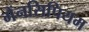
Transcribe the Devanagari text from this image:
मैंनसिपियम